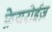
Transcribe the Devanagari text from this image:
फ़ेयरोईज़